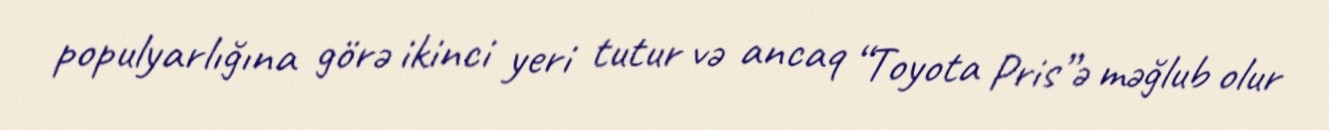
populyarlığına görə ikinci yeri tutur və ancaq “Toyota Pris”ə məğlub olur